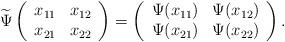
LaTeX: \begin{align*} \widetilde{\Psi}\left( \begin{array}{cc} x_{11} & x_{12} \\ x_{21} & x_{22} \\ \end{array} \right)=\left( \begin{array}{cc} \Psi(x_{11}) & \Psi(x_{12}) \\ \Psi(x_{21}) & \Psi(x_{22}) \\ \end{array} \right).\end{align*}